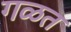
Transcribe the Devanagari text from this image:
गळत